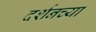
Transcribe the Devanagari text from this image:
दर्शनच्या